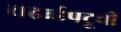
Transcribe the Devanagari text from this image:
चढाईपटूची